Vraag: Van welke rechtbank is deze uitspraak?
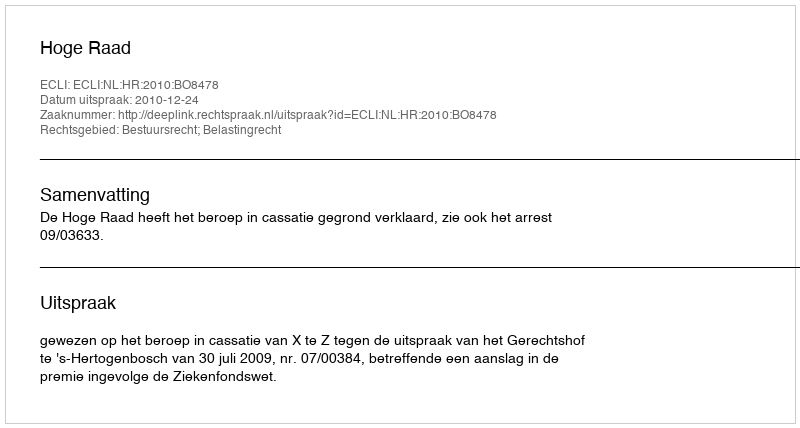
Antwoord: Hoge Raad